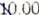
10.00